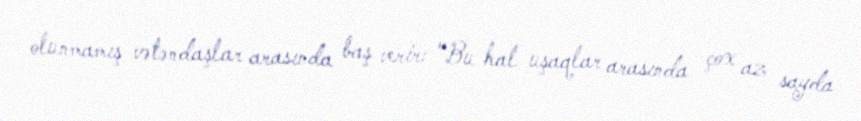
olunmamış vətəndaşlar arasında baş verir: "Bu hal uşaqlar arasında çox az sayda